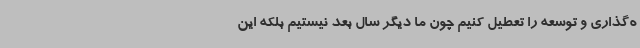
ه‌گذاری و توسعه را تعطیل کنیم چون ما دیگر سال بعد نیستیم بلکه این